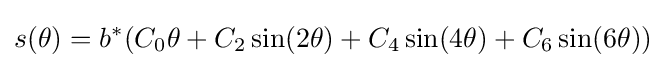
s(\theta )=b^{*}({C_{0}}\theta +{C_{2}}\sin(2\theta )+{C_{4}}\sin(4\theta )+{C_{6}}\sin(6\theta ))